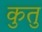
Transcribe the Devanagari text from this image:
कुतु